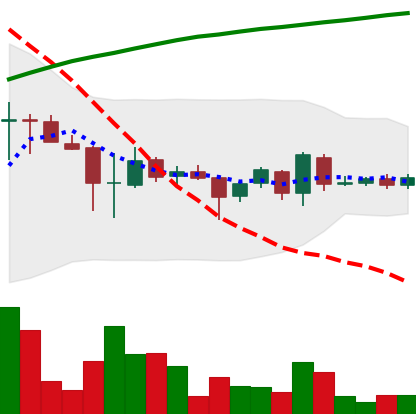
Ticker: EOS-USD
Chart end date: 2018-04-10
Forward return: 39.99%
Label: up_7plus